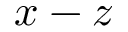
x - z